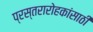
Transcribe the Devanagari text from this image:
प्रस्तरारोहकांसाठी